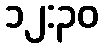
၁၂:၃၀